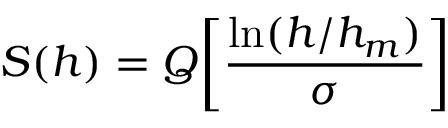
S ( h ) = Q \biggl [ \frac { \ln ( h / h _ { m } ) } { \sigma } \biggr ]